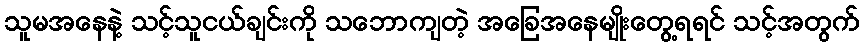
သူမအနေနဲ့ သင့်သူငယ်ချင်းကို သဘောကျတဲ့ အခြေအနေမျိုးတွေ့ရရင် သင့်အတွက်